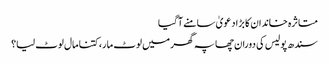
متاثرہ خاندان کا بڑا دعویٰ سامنے آگیا
سندھ پولیس کی دوران چھاپہ گھر میں لوٹ مار، کتنا مال لوٹ لیا؟